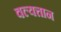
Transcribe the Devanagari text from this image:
वल्यत्तान